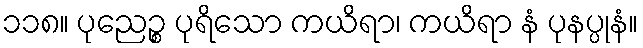
၁၁၈။ ပုညေဉ္စ ပုရိသော ကယိရာ၊ ကယိရာ နံ ပုနပ္ပုနံ။